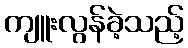
ကျူးလွန်ခဲ့သည့်